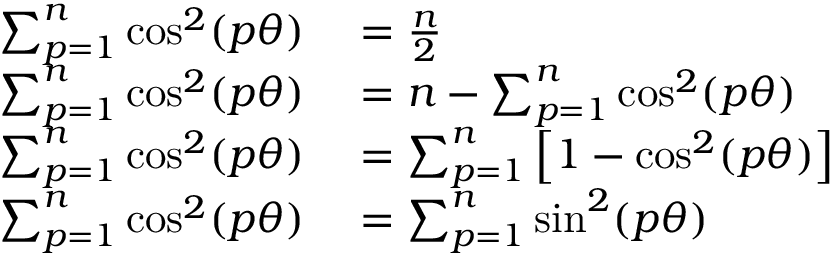
\begin{array} { r l } { \sum _ { p = 1 } ^ { n } \cos ^ { 2 } ( p \theta ) } & { { } = \frac { n } { 2 } \, } \\ { \sum _ { p = 1 } ^ { n } \cos ^ { 2 } ( p \theta ) } & { { } = n - \sum _ { p = 1 } ^ { n } \cos ^ { 2 } ( p \theta ) \, } \\ { \sum _ { p = 1 } ^ { n } \cos ^ { 2 } ( p \theta ) } & { { } = \sum _ { p = 1 } ^ { n } \left[ 1 - \cos ^ { 2 } ( p \theta ) \right] \, } \\ { \sum _ { p = 1 } ^ { n } \cos ^ { 2 } ( p \theta ) } & { { } = \sum _ { p = 1 } ^ { n } \sin ^ { 2 } ( p \theta ) \, } \end{array}